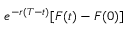
e ^ { - r ( T - t ) } [ F ( t ) - F ( 0 ) ]